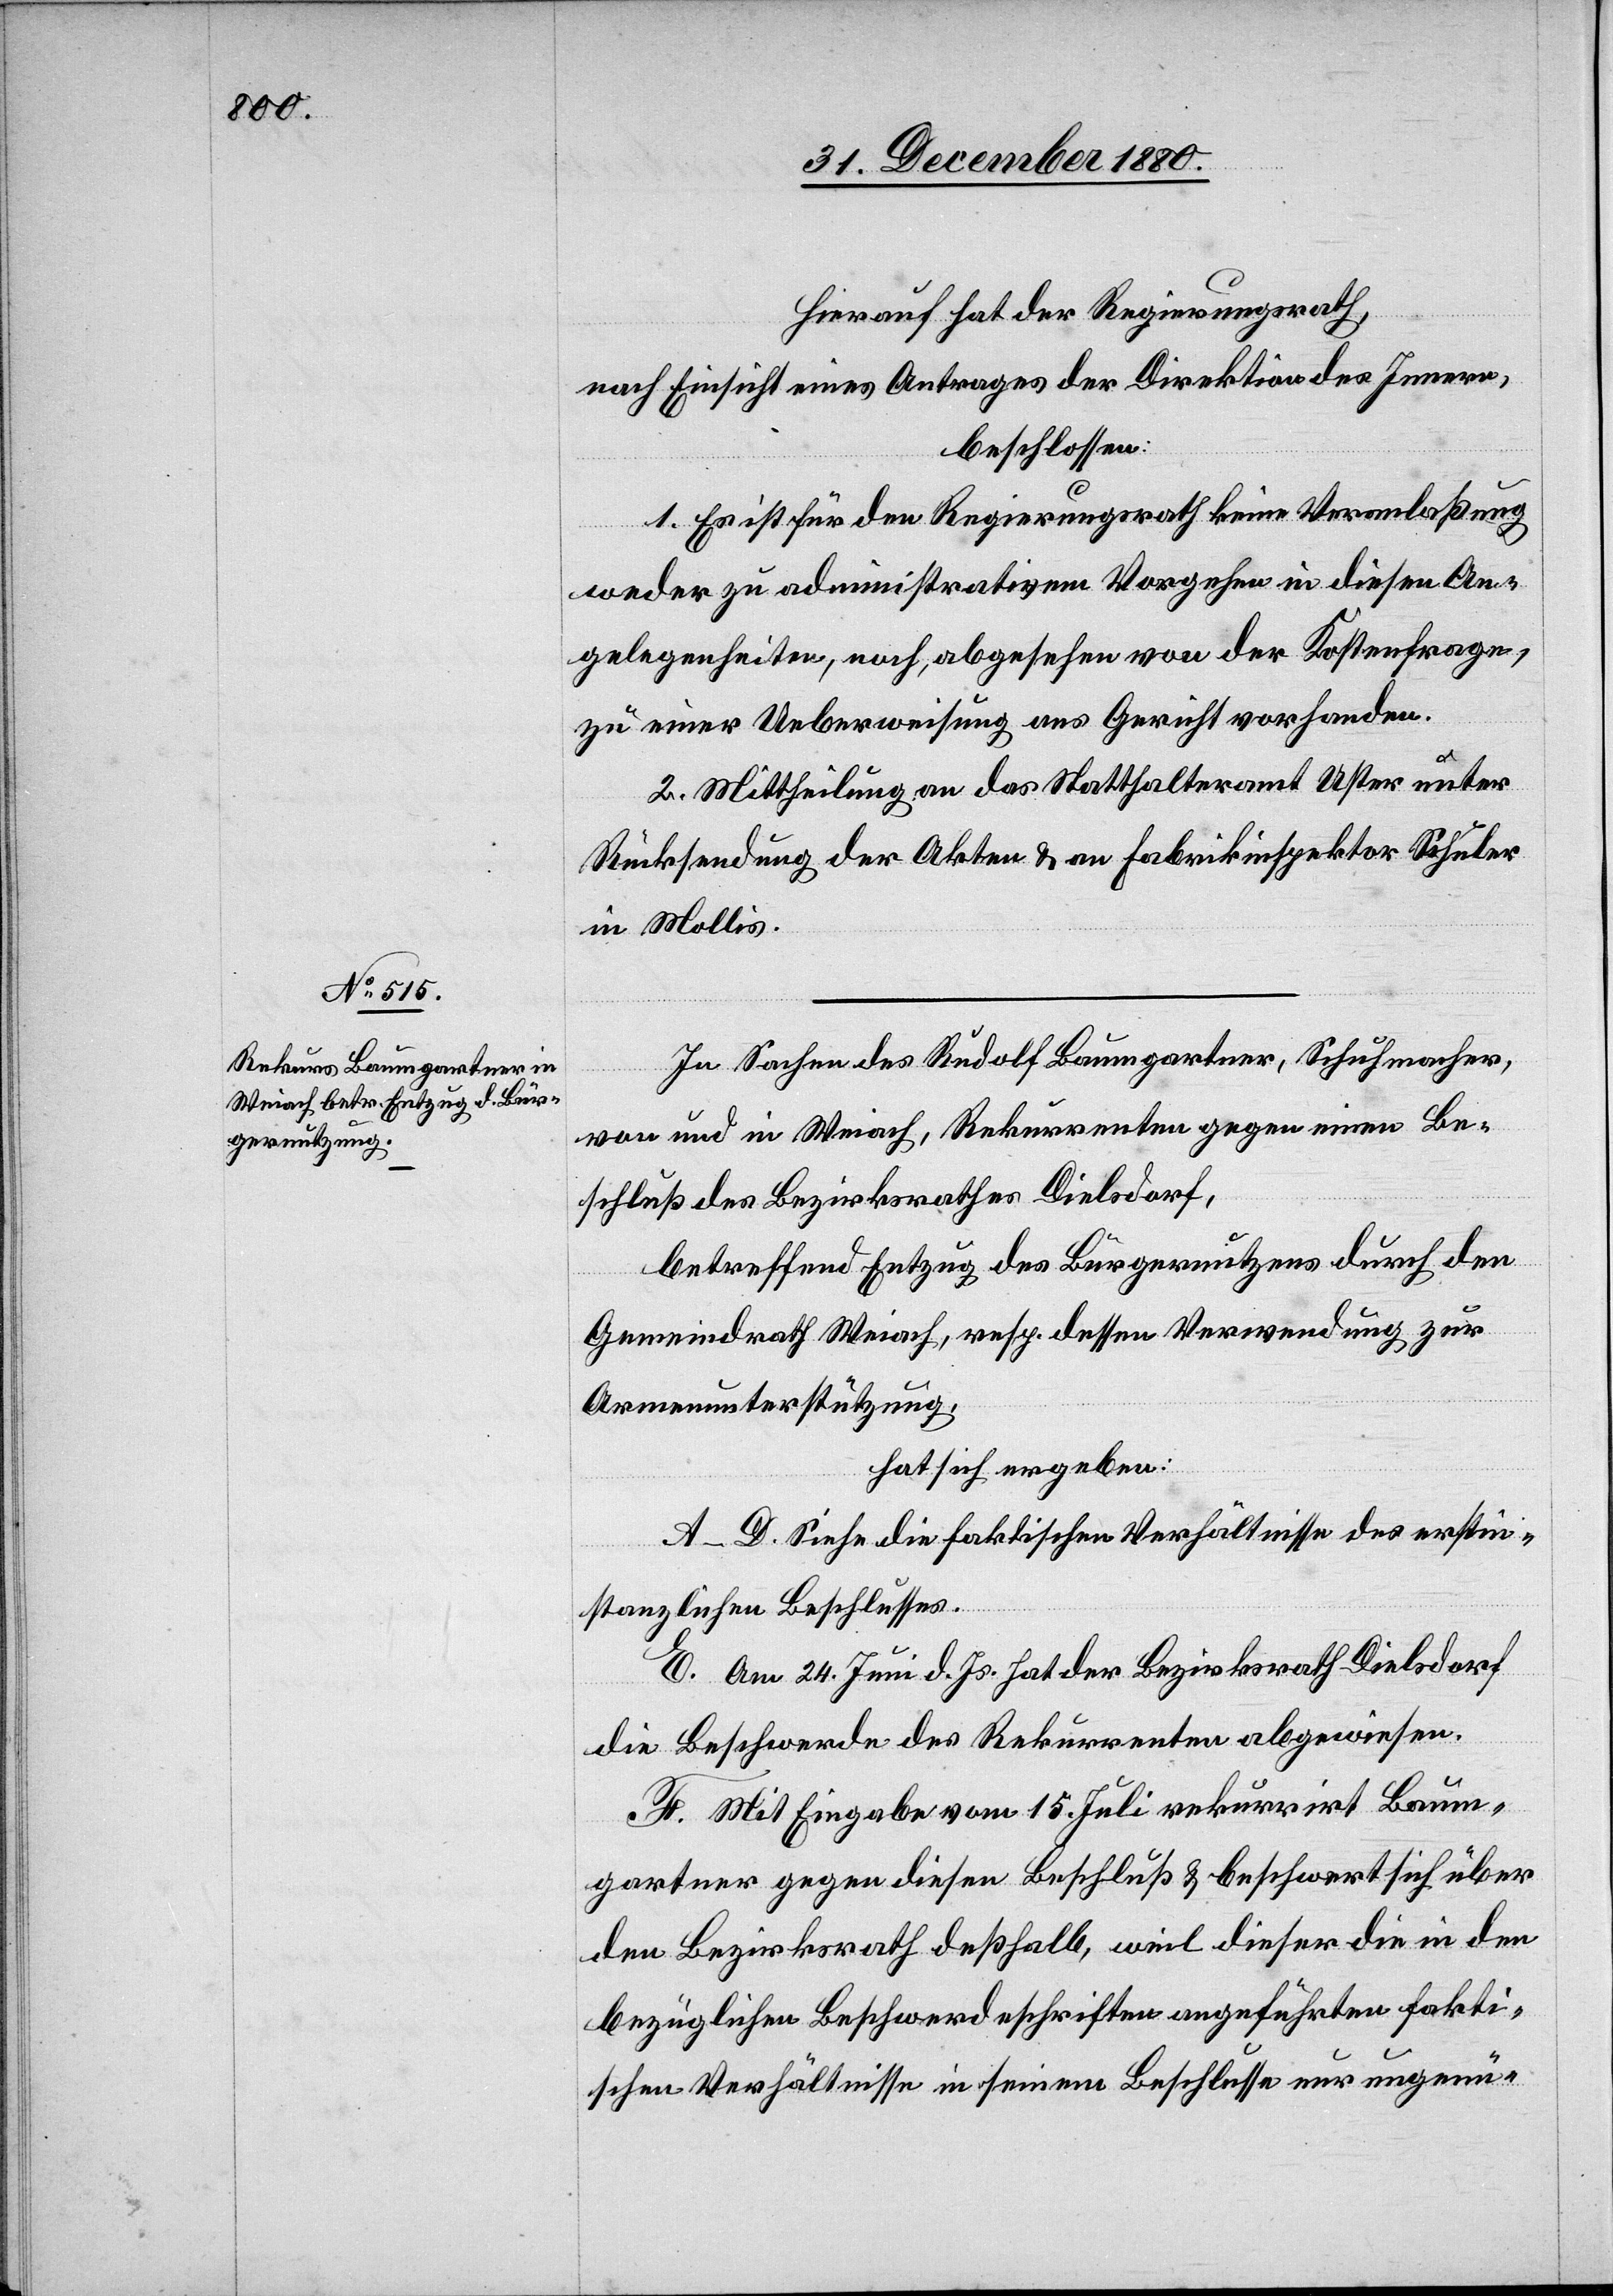
Hierauf hat der Regierungsrath,
nach Einsicht eines Antrages der Direktion des Innern,
beschlossen:
1. Es ist für den Regierungsrath keine Veranlaßung
weder zu administrativem Vorgehen in diesen An¬
gelegenheiten, noch, abgesehen von der Kostenfrage,
zu einer Ueberweisung ans Gericht vorhanden.
2. Mittheilung an das Statthalteramt Uster unter
Rücksendung der Akten & an Fabrikinspektor Schuler
in Mollis.
In Sachen des Rudolf Baumgartner, Schuhmacher,
von und in Weiach, Rekurrenten gegen einen Be¬
schluß des Bezirksrathes Dielsdorf,
betreffend Entzug des Bürgernutzens durch den
Gemeindrath Weiach, resp. dessen Verwendung zur
Armenunterstützung,
hat sich ergeben:
A–D. Siehe die faktischen Verhältnisse des erstin¬
stanzlichen Beschlusses.
E. Am 24. Juni d. Js. hat der Bezirksrath Dielsdorf
die Beschwerde des Rekurrenten abgewiesen.
F. Mit Eingabe vom 15. Juli rekurrirt Baum¬
gartner gegen diesen Beschluß & beschwert sich über
den Bezirksrath deßhalb, weil dieser die in den
bezüglichen Beschwerdeschriften angeführten fakti¬
schen Verhältnisse in seinem Beschlusse nur ungenü-